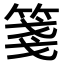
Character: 箋